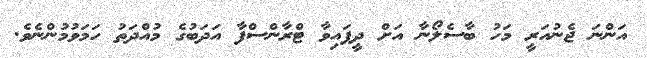
އަންނަ ޖެނުއަރީ މަހު ބާސެލޯނާ އަށް ދީފައިވާ ޓްރާންސްފާ އަދަބުގެ މުއްދަތު ހަމަވުމުންނެވެ.